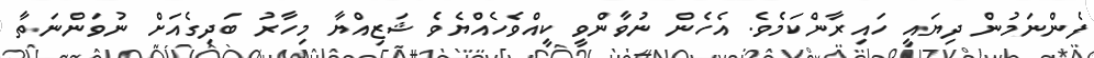
ފެންނަމުން ދިޔައީ ހައިރާންކަމެވެ. އެހެން ނުވާންވީ ކީއްވެހެއްޔެވެ ޝަޒިއްޔާ މިހާރު ބަދިގެއަށް ނުވަންނަތާ